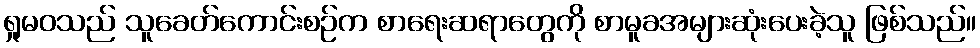
ရှုမဝသည် သူခေတ်ကောင်းစဉ်က စာရေးဆရာတွေကို စာမူခအများဆုံးပေးခဲ့သူ ဖြစ်သည်။